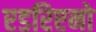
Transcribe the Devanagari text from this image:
एडरिएनो